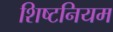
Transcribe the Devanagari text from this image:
शिष्टनियम